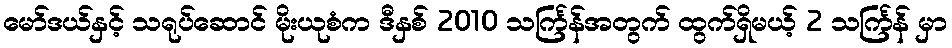
မော်ဒယ်နှင့် သရုပ်ဆောင် မိုးယုစံက ဒီနှစ် 2010 သင်္ကြန်အတွက် ထွက်ရှိမယ့် 2 သင်္ကြန် မှာ